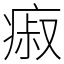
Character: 㾥